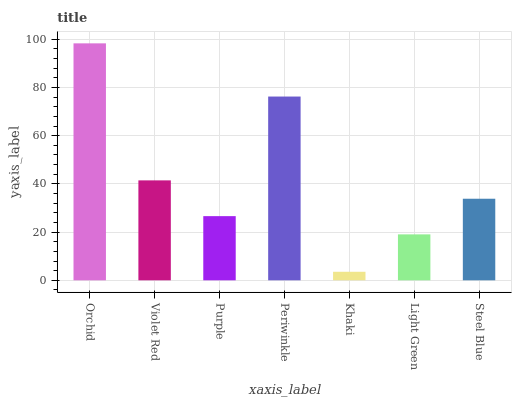
| xaxis_label | bars |
 | --- | --- |
 | Orchid | 98.3 |
 | Violet Red | 41.5 |
 | Purple | 26.6 |
 | Periwinkle | 76.2 |
 | Khaki | 3.54 |
 | Light Green | 19.1 |
 | Steel Blue | 33.8 |